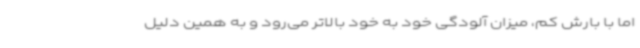
اما با بارش کم، میزان آلودگی خود به خود بالاتر می‌رود و به همین دلیل